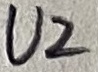
Text: U2